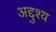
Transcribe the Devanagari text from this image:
अद्दुश्य